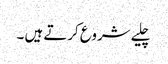
چلیے شروع کرتے ہیں ۔